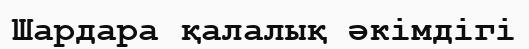
Шардара қалалық әкімдігі